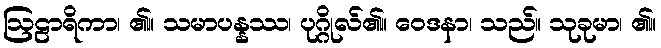
ဩဠာရိကာ၊ ၏။ သမာပန္နဿ၊ ပုဂ္ဂိုလ်၏။ ဝေဒနာ၊ သည်။ သုခုမာ၊ ၏။